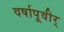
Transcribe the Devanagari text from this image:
वर्षापूवीर्